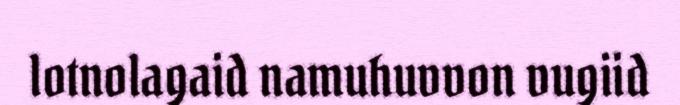
lotnolagaid namuhuvvon vugiid